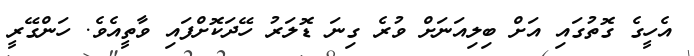
އެހީގެ ގޮތުގައި އަށް ބިލިއަނަށް ވުރެ ގިނަ ޑޮލަރު ހޭދަކޮށްފައި ވާތީއެވެ. ހަންގޭރީ